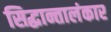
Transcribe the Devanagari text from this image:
सिद्धान्तालंकार